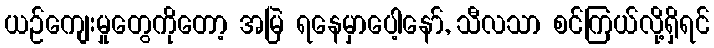
ယဉ်ကျေးမှုတွေကိုတော့ အမြဲ ရနေမှာပေါ့နော်, သီလသာ စင်ကြယ်လို့ရှိရင်